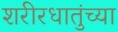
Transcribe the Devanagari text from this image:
शरीरधातुंच्या